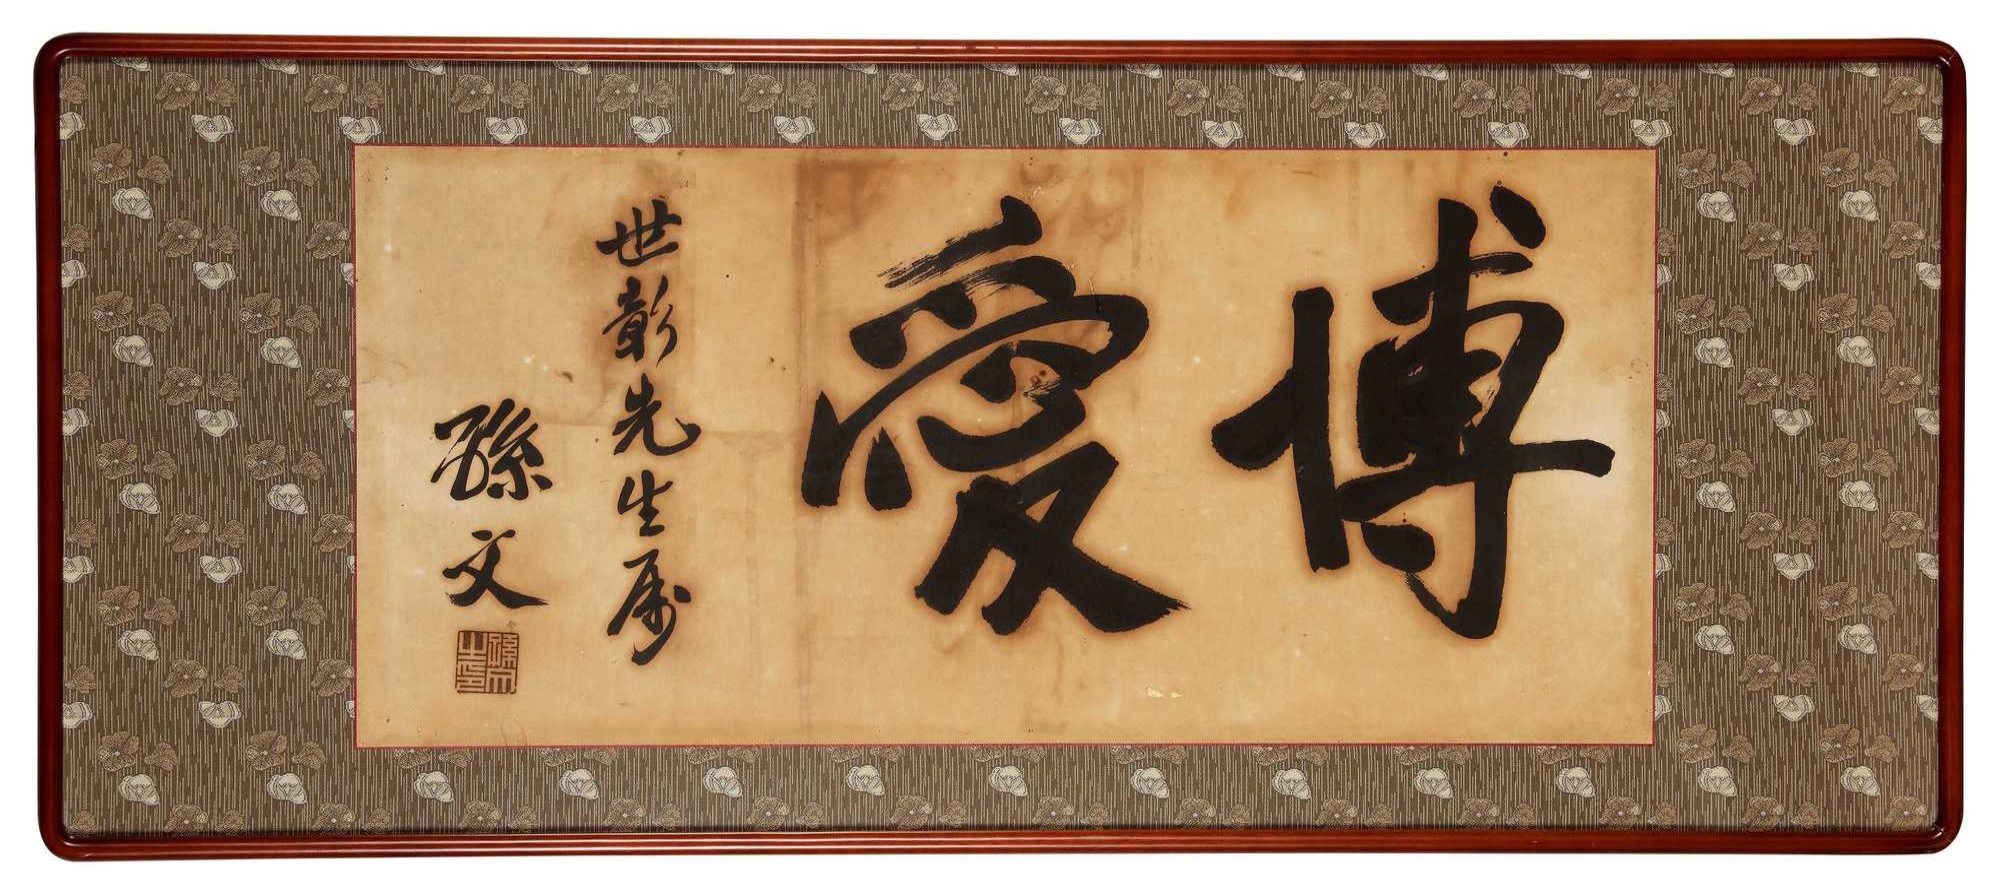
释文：博爱世彰先生属，孙文。